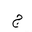
Letter: _gim